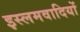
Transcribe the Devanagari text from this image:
इस्लमवादियों